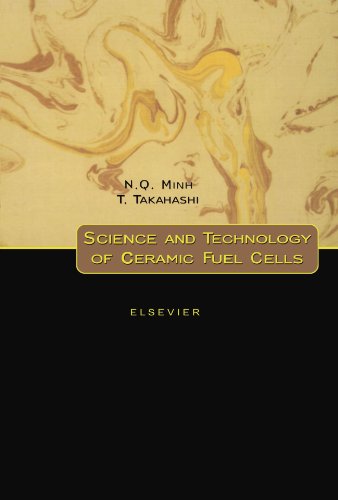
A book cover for Science and Technology of Ceramic Fuel Cells; N. Q. Minh; Engineering & Transportation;